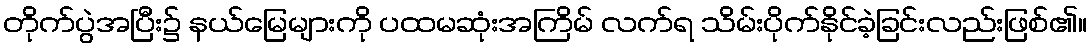
တိုက်ပွဲအပြီး၌ နယ်မြေများကို ပထမဆုံးအကြိမ် လက်ရ သိမ်းပိုက်နိုင်ခဲ့ခြင်းလည်းဖြစ်၏။